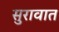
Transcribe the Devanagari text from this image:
सुरावात